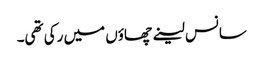
سانس لینے چھاؤں میں رکی تھی۔